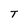
Character: T